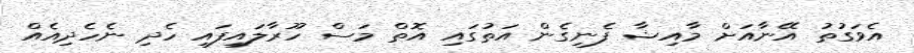
އެވަގުތު އޭނާއަށް މާއިޝާ ފެނިގެން އަތުގައި އޮތް މަސް ހޫރާލައިފައި ހެދި ނެހެދިއެއް